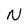
Character: N